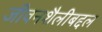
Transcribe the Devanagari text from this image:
जीवनशैलीबद्दल